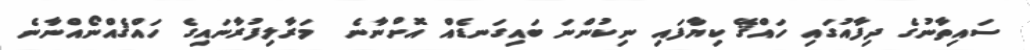
ސައިތާނުގެ ދިފާއުގައި ހައްޤޭ ކިޔާފައި ނިކުންނަ ބައިގަނޑެއް އޮށްނާނެ  މަރާލިފުރާނައިގެ ހައްޤެއްނޯއްނާނެ